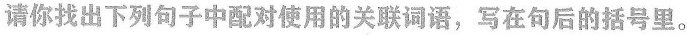
请你找出下列句子中配对使用的关联词语，写在句后的括号里。